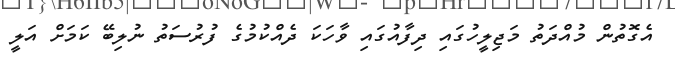
އެގޮތުން މުއްދަތު މަޖިލީހުގައި ދިފާއުގައި ވާހަކަ ދެއްކުމުގެ ފުރުސަތު ނުލިބޭ ކަމަށް އަލީ